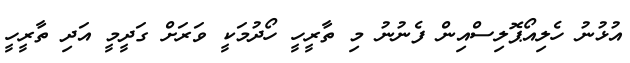
އުޅުނު ހެލިއޯޕޮލިސްއިން ފެނުނު މި ތާރީހީ ހޯދުމަކީ ވަރަށް ގަދީމީ އަދި ތާރީހީ